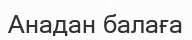
Анадан балаға